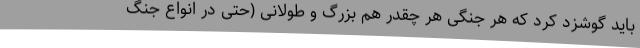
باید گوشزد کرد که هر جنگی هر چقدر هم بزرگ و طولانی (حتی در انواع جنگ